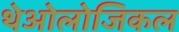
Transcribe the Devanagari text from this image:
थेओलोजिकल